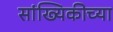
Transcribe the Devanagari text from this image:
सांख्यिकीच्या